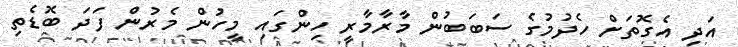
އަދި އެގޮތަށް ހެދުމުގެ ސަބަބުން މާރާމާރީ ހިންގައި މީހުން މެރުން ފަދަ ބޮޑެތި